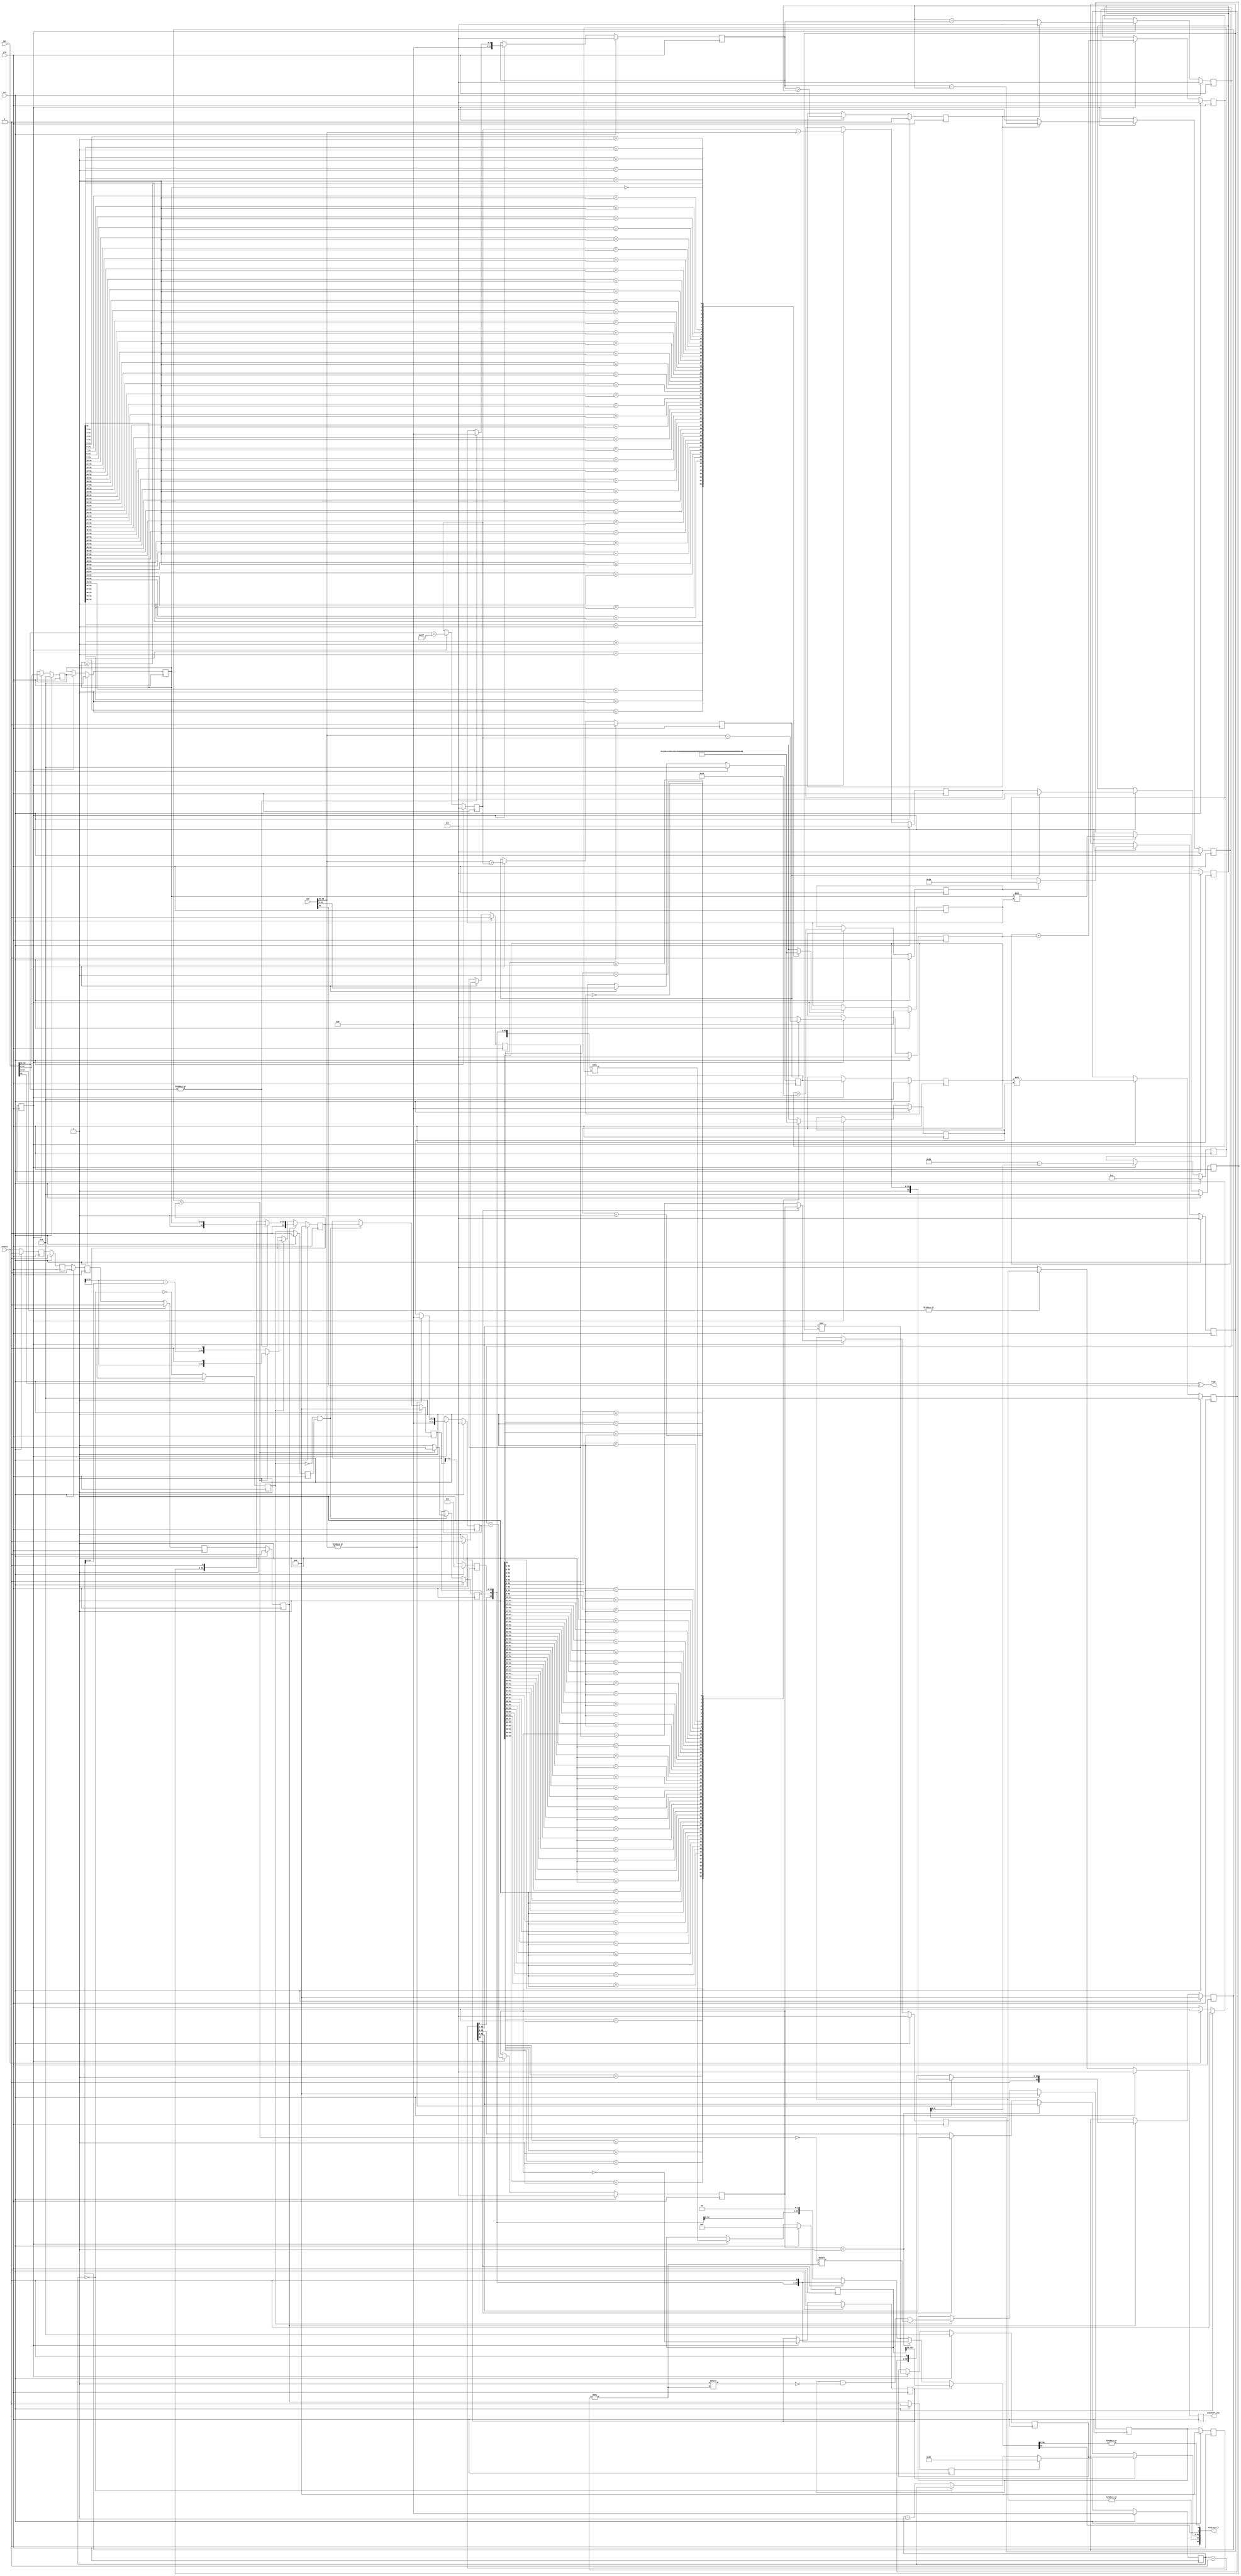
/////////////////////////////////////////////////////////////////////
////                                                             ////
////  FPU                                                        ////
////  Floating Point Unit (Double precision)                     ////
////                                                             ////
////          davidklun@gmail.com                                ////
////                                                             ////
/////////////////////////////////////////////////////////////////////
////                                                             ////
//// Copyright (C) 2009 David Lundgren                           ////
////                  davidklun@gmail.com                        ////
////                                                             ////
//// This source file may be used and distributed without        ////
//// restriction provided that this copyright statement is not   ////
//// removed from the file and that any derivative work contains ////
//// the original copyright notice and the associated disclaimer.////
////                                                             ////
////     THIS SOFTWARE IS PROVIDED ``AS IS'' AND WITHOUT ANY     ////
//// EXPRESS OR IMPLIED WARRANTIES, INCLUDING, BUT NOT LIMITED   ////
//// TO, THE IMPLIED WARRANTIES OF MERCHANTABILITY AND FITNESS   ////
//// FOR A PARTICULAR PURPOSE. IN NO EVENT SHALL THE AUTHOR      ////
//// OR CONTRIBUTORS BE LIABLE FOR ANY DIRECT, INDIRECT,         ////
//// INCIDENTAL, SPECIAL, EXEMPLARY, OR CONSEQUENTIAL DAMAGES    ////
//// (INCLUDING, BUT NOT LIMITED TO, PROCUREMENT OF SUBSTITUTE   ////
//// GOODS OR SERVICES; LOSS OF USE, DATA, OR PROFITS; OR        ////
//// BUSINESS INTERRUPTION) HOWEVER CAUSED AND ON ANY THEORY OF  ////
//// LIABILITY, WHETHER IN  CONTRACT, STRICT LIABILITY, OR TORT  ////
//// (INCLUDING NEGLIGENCE OR OTHERWISE) ARISING IN ANY WAY OUT  ////
//// OF THE USE OF THIS SOFTWARE, EVEN IF ADVISED OF THE         ////
//// POSSIBILITY OF SUCH DAMAGE.                                 ////
////                                                             ////
/////////////////////////////////////////////////////////////////////


`timescale 1ns / 100ps

module fpu_div( clk, rst, enable, opa, opb, sign, mantissa_7,
exponent_out);
input		clk;
input		rst;
input		enable;
input	[63:0]	opa;
input	[63:0]	opb;
output		sign;
output	[55:0] mantissa_7;
output  [11:0] exponent_out;

parameter	preset  = 53;

reg [53:0] dividend_reg;
reg [53:0] divisor_reg;
reg enable_reg;
reg enable_reg_2;
reg enable_reg_a;
reg enable_reg_b;
reg enable_reg_c;
reg enable_reg_d;
reg enable_reg_e;
reg [5:0] 	dividend_shift;
reg [5:0] 	dividend_shift_2;
reg [5:0] 	divisor_shift;
reg [5:0] 	divisor_shift_2;
reg [5:0] 	count_out;
reg [11:0]  exponent_out;


wire   sign = opa[63] ^ opb[63];
reg [51:0] mantissa_a;
reg [51:0] mantissa_b;
wire [10:0] expon_a = opa[62:52];
wire [10:0] expon_b = opb[62:52];
wire	a_is_norm = |expon_a;
wire	b_is_norm = |expon_b;
wire	a_is_zero = !(|opa[62:0]); 
wire [11:0] exponent_a = { 1'b0, expon_a};
wire [11:0] exponent_b = { 1'b0, expon_b};
reg [51:0] dividend_a;
reg [51:0] dividend_a_shifted;
wire [52:0] dividend_denorm = { dividend_a_shifted, 1'b0};
wire [53:0]	dividend_1 = a_is_norm ? { 2'b01, dividend_a } : { 1'b0, dividend_denorm};
reg [51:0] divisor_b;
reg [51:0] divisor_b_shifted;
wire [52:0] divisor_denorm = { divisor_b_shifted, 1'b0};
wire [53:0]	divisor_1 = b_is_norm ? { 2'b01, divisor_b } : { 1'b0, divisor_denorm};
wire [5:0] count_index = count_out;
wire count_nonzero = !(count_index == 0);
reg [53:0] quotient;
reg	[53:0] quotient_out;
reg [53:0] remainder;
reg [53:0] remainder_out;
reg remainder_msb;
reg count_nonzero_reg;
reg count_nonzero_reg_2;
reg [11:0] expon_term;
reg expon_uf_1;
reg [11:0] expon_uf_term_1;
reg [11:0] expon_final_1;
reg [11:0] expon_final_2;
reg [11:0] expon_shift_a;
reg [11:0] expon_shift_b;
reg expon_uf_2;
reg [11:0] expon_uf_term_2;
reg [11:0] expon_uf_term_3;
reg expon_uf_gt_maxshift;
reg [11:0] expon_uf_term_4;
reg [11:0] expon_final_3;
reg [11:0] expon_final_4;
wire quotient_msb = quotient_out[53];
reg expon_final_4_et0;
reg expon_final_4_term;
reg [11:0] expon_final_5;
reg [51:0] mantissa_1;
wire [51:0] mantissa_2 = quotient_out[52:1];
wire [51:0] mantissa_3 = quotient_out[51:0];
wire [51:0] mantissa_4 = quotient_msb ? mantissa_2 : mantissa_3;
wire [51:0] mantissa_5 = (expon_final_4 == 1) ? mantissa_2 : mantissa_4;
wire [51:0] mantissa_6 = expon_final_4_et0 ? mantissa_1 : mantissa_5;
wire [107:0] remainder_a = { quotient_out[53:0] , remainder_msb, remainder_out[52:0]};
reg [6:0] remainder_shift_term;
reg [107:0] remainder_b;
wire [55:0] remainder_1 = remainder_b[107:52];
wire [55:0] remainder_2 = { quotient_out[0] , remainder_msb, remainder_out[52:0], 1'b0 };
wire [55:0] remainder_3 = { remainder_msb , remainder_out[52:0], 2'b0 };
wire [55:0] remainder_4 = quotient_msb ? remainder_2 : remainder_3;
wire [55:0] remainder_5 = (expon_final_4 == 1) ? remainder_2 : remainder_4;
wire [55:0] remainder_6 = expon_final_4_et0 ? remainder_1 : remainder_5;
wire	m_norm = |expon_final_5;
wire	rem_lsb = |remainder_6[54:0];	
wire [55:0] mantissa_7 = { 1'b0, m_norm, mantissa_6, remainder_6[55], rem_lsb };

always @ (posedge clk)
begin
	if (rst)
		exponent_out <= 0;
	else 
		exponent_out <= a_is_zero ? 12'b0 : expon_final_5; 
end

always @ (posedge clk)
begin
	if (rst)
		count_out <= 0;
	else if (enable_reg) 
		count_out <= preset;
	else if (count_nonzero)
		count_out <= count_out - 1; 
end

always @ (posedge clk)
begin
	if (rst) begin
		quotient_out <= 0;
		remainder_out <= 0;
		end
	else begin
		quotient_out <= quotient;
		remainder_out <= remainder;
		end
end


always @ (posedge clk)
begin
	if (rst) 
		quotient <= 0;
	else if (count_nonzero_reg)
		quotient[count_index] <= !(divisor_reg > dividend_reg);  
end

always @ (posedge clk)
begin
	if (rst) begin
		remainder <= 0;
		remainder_msb <= 0;
		end  
	else if (!count_nonzero_reg & count_nonzero_reg_2) begin	  
	    remainder <= dividend_reg;
		remainder_msb <= (divisor_reg > dividend_reg) ? 0 : 1;
		end
end

always @ (posedge clk)
begin
	if (rst) begin
		dividend_reg <= 0;
		divisor_reg <= 0;
		end
	else if (enable_reg_e) begin
		dividend_reg <= dividend_1;
		divisor_reg <= divisor_1;
		end
	else if (count_nonzero_reg)
		dividend_reg <= (divisor_reg > dividend_reg) ? dividend_reg << 1 : 
						(dividend_reg - divisor_reg) << 1; 
		// divisor doesn't change for the divide
end

always @ (posedge clk)
begin
	if (rst) begin
		expon_term  <= 0;
 		expon_uf_1 <= 0;
        expon_uf_term_1 <= 0;
        expon_final_1 <= 0;
        expon_final_2 <= 0;
        expon_shift_a <= 0;
        expon_shift_b <= 0;
 		expon_uf_2 <= 0;
        expon_uf_term_2 <= 0;
        expon_uf_term_3 <= 0;
 		expon_uf_gt_maxshift <= 0;
        expon_uf_term_4 <= 0;
        expon_final_3 <= 0;
        expon_final_4 <= 0;
 		expon_final_4_et0 <= 0;
 		expon_final_4_term <= 0;
        expon_final_5 <= 0;
        mantissa_a <= 0;
		mantissa_b <= 0;
		dividend_a <= 0;
		divisor_b <= 0;
		dividend_shift_2 <= 0;
		divisor_shift_2 <= 0;
		remainder_shift_term <= 0;
		remainder_b <= 0;
		dividend_a_shifted <= 0;
		divisor_b_shifted <=  0;
		mantissa_1 <= 0;
		end
	else if (enable_reg_2) begin
		expon_term  <= exponent_a + 1023;
 		expon_uf_1 <= exponent_b > expon_term;
        expon_uf_term_1 <= expon_uf_1 ? (exponent_b - expon_term) : 0;
        expon_final_1 <= expon_term - exponent_b;
        expon_final_2 <= expon_uf_1 ? 0 : expon_final_1;
        expon_shift_a <= a_is_norm ? 0 : dividend_shift_2;
        expon_shift_b <= b_is_norm ? 0 : divisor_shift_2;
 		expon_uf_2 <= expon_shift_a > expon_final_2;
        expon_uf_term_2 <= expon_uf_2 ? (expon_shift_a - expon_final_2) : 0;
        expon_uf_term_3 <= expon_uf_term_2 + expon_uf_term_1;
 		expon_uf_gt_maxshift <= (expon_uf_term_3 > 51);
        expon_uf_term_4 <= expon_uf_gt_maxshift ? 52 : expon_uf_term_3;
        expon_final_3 <= expon_uf_2 ? 0 : (expon_final_2 - expon_shift_a);
        expon_final_4 <= expon_final_3 + expon_shift_b;
 		expon_final_4_et0 <= (expon_final_4 == 0);
 		expon_final_4_term <= expon_final_4_et0 ? 0 : 1;
        expon_final_5 <= quotient_msb ? expon_final_4 : expon_final_4 - expon_final_4_term;
		mantissa_a <= opa[51:0];
		mantissa_b <= opb[51:0];
		dividend_a <= mantissa_a;
		divisor_b <= mantissa_b;
		dividend_shift_2 <= dividend_shift;
		divisor_shift_2 <= divisor_shift;
		remainder_shift_term <= 52 - expon_uf_term_4;
		remainder_b <= remainder_a << remainder_shift_term;
		dividend_a_shifted <= dividend_a << dividend_shift_2;
		divisor_b_shifted <= divisor_b << divisor_shift_2;
		mantissa_1 <= quotient_out[53:2] >> expon_uf_term_4;
		end
end

always @ (posedge clk)
begin
	if (rst) begin
		count_nonzero_reg <= 0;	
		count_nonzero_reg_2 <= 0;
		enable_reg <= 0;
		enable_reg_a <= 0;
		enable_reg_b <= 0;
		enable_reg_c <= 0;
		enable_reg_d <= 0;
		enable_reg_e <= 0;
		end
	else begin
		count_nonzero_reg <= count_nonzero;	 
		count_nonzero_reg_2 <= count_nonzero_reg;
		enable_reg <= enable_reg_e;
		enable_reg_a <= enable;
		enable_reg_b <= enable_reg_a;
		enable_reg_c <= enable_reg_b;
		enable_reg_d <= enable_reg_c;
		enable_reg_e <= enable_reg_d;
		end
end

always @ (posedge clk)
begin
	if (rst) 
		enable_reg_2 <= 0;
	else if (enable)
		enable_reg_2 <= 1;
end


always @(dividend_a)
   casex(dividend_a)
    52'b1???????????????????????????????????????????????????: dividend_shift <= 0;
    52'b01??????????????????????????????????????????????????: dividend_shift <= 1;
    52'b001?????????????????????????????????????????????????: dividend_shift <= 2;
    52'b0001????????????????????????????????????????????????: dividend_shift <= 3;
    52'b00001???????????????????????????????????????????????: dividend_shift <= 4;
    52'b000001??????????????????????????????????????????????: dividend_shift <= 5;
    52'b0000001?????????????????????????????????????????????: dividend_shift <= 6;
    52'b00000001????????????????????????????????????????????: dividend_shift <= 7;
	52'b000000001???????????????????????????????????????????: dividend_shift <= 8;
    52'b0000000001??????????????????????????????????????????: dividend_shift <= 9;
    52'b00000000001?????????????????????????????????????????: dividend_shift <= 10;
    52'b000000000001????????????????????????????????????????: dividend_shift <= 11;
    52'b0000000000001???????????????????????????????????????: dividend_shift <= 12;
    52'b00000000000001??????????????????????????????????????: dividend_shift <= 13;
    52'b000000000000001?????????????????????????????????????: dividend_shift <= 14;
    52'b0000000000000001????????????????????????????????????: dividend_shift <= 15;
    52'b00000000000000001???????????????????????????????????: dividend_shift <= 16;
    52'b000000000000000001??????????????????????????????????: dividend_shift <= 17;
    52'b0000000000000000001?????????????????????????????????: dividend_shift <= 18;
    52'b00000000000000000001????????????????????????????????: dividend_shift <= 19;
    52'b000000000000000000001???????????????????????????????: dividend_shift <= 20;
    52'b0000000000000000000001??????????????????????????????: dividend_shift <= 21;
    52'b00000000000000000000001?????????????????????????????: dividend_shift <= 22;
    52'b000000000000000000000001????????????????????????????: dividend_shift <= 23;
    52'b0000000000000000000000001???????????????????????????: dividend_shift <= 24;
    52'b00000000000000000000000001??????????????????????????: dividend_shift <= 25;
    52'b000000000000000000000000001?????????????????????????: dividend_shift <= 26;
    52'b0000000000000000000000000001????????????????????????: dividend_shift <= 27;
    52'b00000000000000000000000000001???????????????????????: dividend_shift <= 28;
    52'b000000000000000000000000000001??????????????????????: dividend_shift <= 29;
    52'b0000000000000000000000000000001?????????????????????: dividend_shift <= 30;
    52'b00000000000000000000000000000001????????????????????: dividend_shift <= 31;
    52'b000000000000000000000000000000001???????????????????: dividend_shift <= 32;
    52'b0000000000000000000000000000000001??????????????????: dividend_shift <= 33;
    52'b00000000000000000000000000000000001?????????????????: dividend_shift <= 34;
    52'b000000000000000000000000000000000001????????????????: dividend_shift <= 35;
    52'b0000000000000000000000000000000000001???????????????: dividend_shift <= 36;
    52'b00000000000000000000000000000000000001??????????????: dividend_shift <= 37;
    52'b000000000000000000000000000000000000001?????????????: dividend_shift <= 38;
    52'b0000000000000000000000000000000000000001????????????: dividend_shift <= 39;
    52'b00000000000000000000000000000000000000001???????????: dividend_shift <= 40;
    52'b000000000000000000000000000000000000000001??????????: dividend_shift <= 41;
    52'b0000000000000000000000000000000000000000001?????????: dividend_shift <= 42;
    52'b00000000000000000000000000000000000000000001????????: dividend_shift <= 43;
    52'b000000000000000000000000000000000000000000001???????: dividend_shift <= 44;
    52'b0000000000000000000000000000000000000000000001??????: dividend_shift <= 45;
    52'b00000000000000000000000000000000000000000000001?????: dividend_shift <= 46;
    52'b000000000000000000000000000000000000000000000001????: dividend_shift <= 47;
    52'b0000000000000000000000000000000000000000000000001???: dividend_shift <= 48;
    52'b00000000000000000000000000000000000000000000000001??: dividend_shift <= 49;
    52'b000000000000000000000000000000000000000000000000001?: dividend_shift <= 50;
    52'b0000000000000000000000000000000000000000000000000001: dividend_shift <= 51;
    52'b0000000000000000000000000000000000000000000000000000: dividend_shift <= 52;
    
    endcase
    
always @(divisor_b)
   casex(divisor_b)
    52'b1???????????????????????????????????????????????????: divisor_shift <= 0;
    52'b01??????????????????????????????????????????????????: divisor_shift <= 1;
    52'b001?????????????????????????????????????????????????: divisor_shift <= 2;
    52'b0001????????????????????????????????????????????????: divisor_shift <= 3;
    52'b00001???????????????????????????????????????????????: divisor_shift <= 4;
    52'b000001??????????????????????????????????????????????: divisor_shift <= 5;
    52'b0000001?????????????????????????????????????????????: divisor_shift <= 6;
    52'b00000001????????????????????????????????????????????: divisor_shift <= 7;
	52'b000000001???????????????????????????????????????????: divisor_shift <= 8;
    52'b0000000001??????????????????????????????????????????: divisor_shift <= 9;
    52'b00000000001?????????????????????????????????????????: divisor_shift <= 10;
    52'b000000000001????????????????????????????????????????: divisor_shift <= 11;
    52'b0000000000001???????????????????????????????????????: divisor_shift <= 12;
    52'b00000000000001??????????????????????????????????????: divisor_shift <= 13;
    52'b000000000000001?????????????????????????????????????: divisor_shift <= 14;
    52'b0000000000000001????????????????????????????????????: divisor_shift <= 15;
    52'b00000000000000001???????????????????????????????????: divisor_shift <= 16;
    52'b000000000000000001??????????????????????????????????: divisor_shift <= 17;
    52'b0000000000000000001?????????????????????????????????: divisor_shift <= 18;
    52'b00000000000000000001????????????????????????????????: divisor_shift <= 19;
    52'b000000000000000000001???????????????????????????????: divisor_shift <= 20;
    52'b0000000000000000000001??????????????????????????????: divisor_shift <= 21;
    52'b00000000000000000000001?????????????????????????????: divisor_shift <= 22;
    52'b000000000000000000000001????????????????????????????: divisor_shift <= 23;
    52'b0000000000000000000000001???????????????????????????: divisor_shift <= 24;
    52'b00000000000000000000000001??????????????????????????: divisor_shift <= 25;
    52'b000000000000000000000000001?????????????????????????: divisor_shift <= 26;
    52'b0000000000000000000000000001????????????????????????: divisor_shift <= 27;
    52'b00000000000000000000000000001???????????????????????: divisor_shift <= 28;
    52'b000000000000000000000000000001??????????????????????: divisor_shift <= 29;
    52'b0000000000000000000000000000001?????????????????????: divisor_shift <= 30;
    52'b00000000000000000000000000000001????????????????????: divisor_shift <= 31;
    52'b000000000000000000000000000000001???????????????????: divisor_shift <= 32;
    52'b0000000000000000000000000000000001??????????????????: divisor_shift <= 33;
    52'b00000000000000000000000000000000001?????????????????: divisor_shift <= 34;
    52'b000000000000000000000000000000000001????????????????: divisor_shift <= 35;
    52'b0000000000000000000000000000000000001???????????????: divisor_shift <= 36;
    52'b00000000000000000000000000000000000001??????????????: divisor_shift <= 37;
    52'b000000000000000000000000000000000000001?????????????: divisor_shift <= 38;
    52'b0000000000000000000000000000000000000001????????????: divisor_shift <= 39;
    52'b00000000000000000000000000000000000000001???????????: divisor_shift <= 40;
    52'b000000000000000000000000000000000000000001??????????: divisor_shift <= 41;
    52'b0000000000000000000000000000000000000000001?????????: divisor_shift <= 42;
    52'b00000000000000000000000000000000000000000001????????: divisor_shift <= 43;
    52'b000000000000000000000000000000000000000000001???????: divisor_shift <= 44;
    52'b0000000000000000000000000000000000000000000001??????: divisor_shift <= 45;
    52'b00000000000000000000000000000000000000000000001?????: divisor_shift <= 46;
    52'b000000000000000000000000000000000000000000000001????: divisor_shift <= 47;
    52'b0000000000000000000000000000000000000000000000001???: divisor_shift <= 48;
    52'b00000000000000000000000000000000000000000000000001??: divisor_shift <= 49;
    52'b000000000000000000000000000000000000000000000000001?: divisor_shift <= 50;
    52'b0000000000000000000000000000000000000000000000000001: divisor_shift <= 51;
    52'b0000000000000000000000000000000000000000000000000000: divisor_shift <= 52;
    
    endcase
    
endmodule